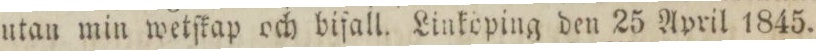
utan min wetſkap och bifall. Linköping den 25 April 1845.